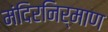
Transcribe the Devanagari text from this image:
मंदिरनिर्माण